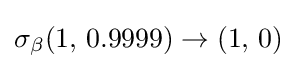
\sigma _{\beta }(1,\,0.9999)\to (1,\,0)